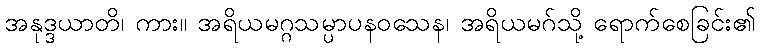
အနုဒ္ဒယာတိ၊ ကား။ အရိယမဂ္ဂသမ္ပာပနဝသေန၊ အရိယမဂ်သို့ ရောက်စေခြင်း၏